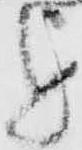
を